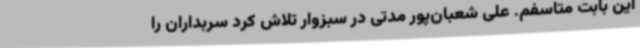
این بابت متاسفم. علی شعبان‌پور مدتی در سبزوار تلاش کرد سربداران را